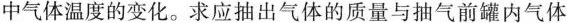
中气体温度的变化。求应抽出气体的质量与抽气前罐内气体